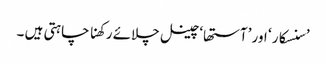
’سنسکار ‘ اور ’آستھا‘چینل چلائے رکھنا چاہتی ہیں ۔